画像に写った文字を読んでください
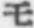
「モ」と書いてあります